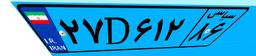
۴۷D۳۷۷۳۳